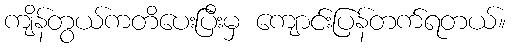
ကျိန်တွယ်ကတိပေးပြီးမှ ကျောင်းပြန်တက်ရတယ်။